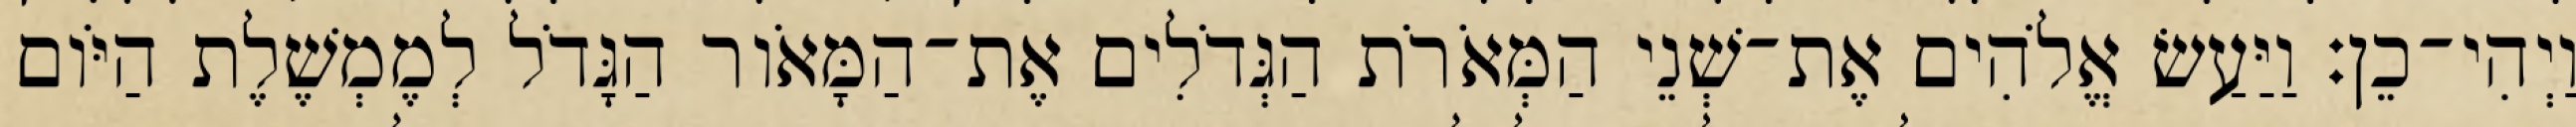
וַיְהִי־כֵן׃ וַיַּעַשׂ אֱלֹהִים אֶת־שְׁנֵי הַמְּאֹרֹת הַגְּדֹלִים אֶת־הַמָּאֹור הַגָּדֹל לְמֶמְשֶׁלֶת הַיֹּום